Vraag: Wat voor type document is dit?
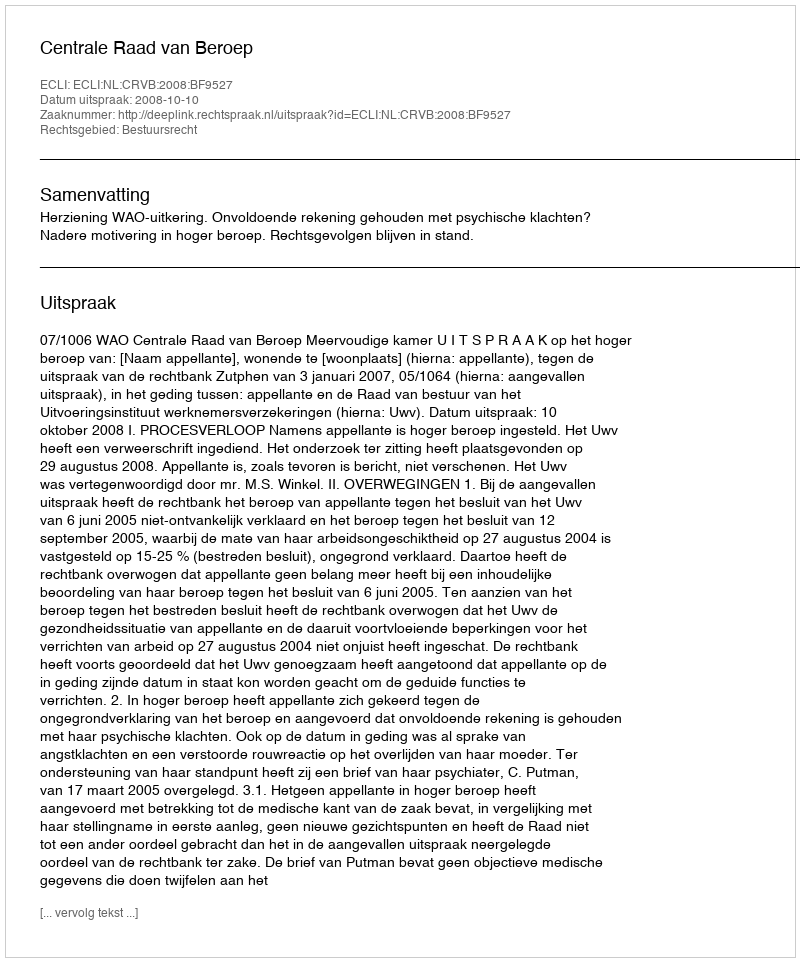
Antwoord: Uitspraak